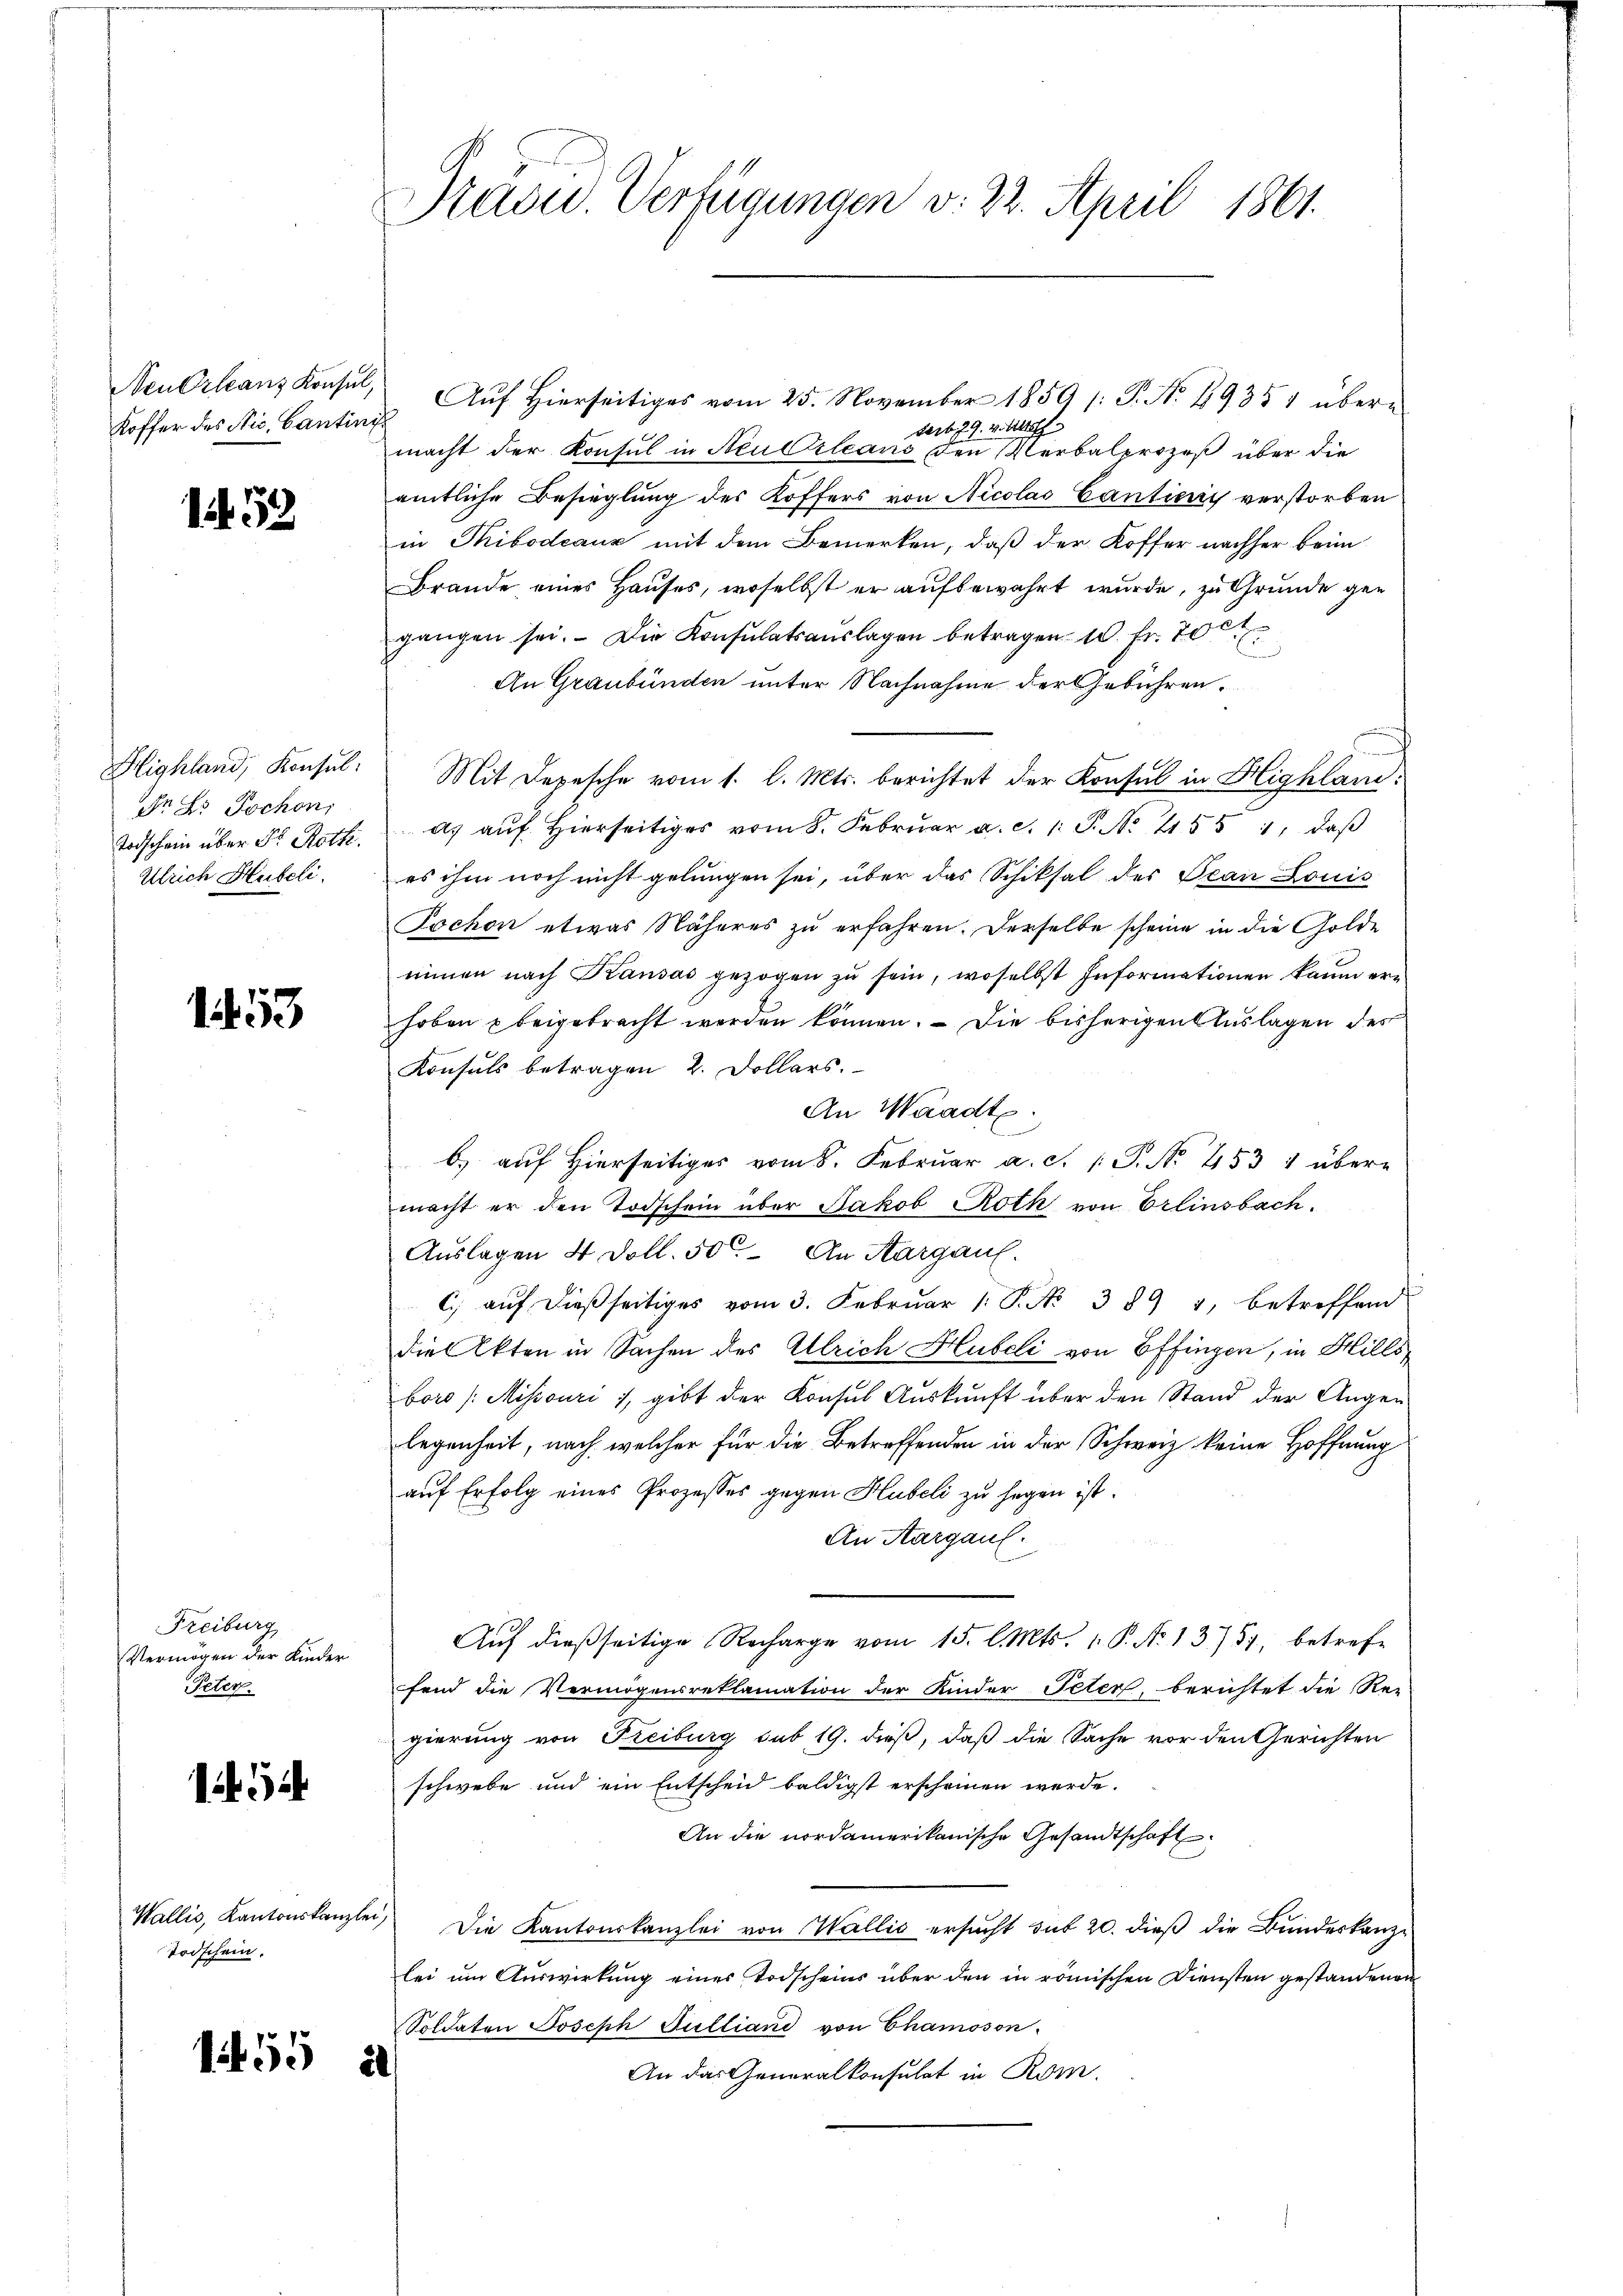
Neu Orleanz Konsul,
Koffer des Nic, Cantini

1. 52

dr. So Dochon,
Ulrich Hubeli.

1453

Freiburg
Vermögen der Kinder
Peter.

1

Todschein.

155 a

Präsid. Verfügungen v. 22. April 1861.

Auf Hierseitiges vom 25. November 1859 /: P. Nr. 29351 überdert. 29. v. Mitth
macht der Konsul in Neu Orleans den Verbalprozeß über die
amtliche Besieglung des Koffers von Nicolas Canticis verstorben
in Thibodeaux mit dem Bemerken, daß der Koffer nachher beim
Brande eines Hauses, woselbst er aufbewahrt wurde, zu Grunde gegangen sei. Die Konsulatsaŭslagen betragen 10. Fr. 70
An Graubünden unter Nachnahme der Gebühren,
Slighland, Konsul: Mit Depesche vom 1. l. Mts. berichtet der Konsul in Highland¬
Todschein über Fr. Roth. a. aŭf hierseitiges vom 8. Febrŭar a. c. 1. P. Nr. 755 1, daβ
es ihm noch nicht gelungen sei, über das Schiksal des Tean Louis
Jochon etwas Näheres zu erfahren. Derselbe scheine in die Golde
nimen nach Kausas gezogen zu sein, woselbst Informationen kaum ern
hoben u beigebracht werden können. — Die bisherigen Auslagen des
Konsuls betragen 2. Dollars.
An Waadte
b) auf Hierseitiges vom 8. Februar a. c. 1 P. No. 453 & übere
macht er den Todschein über Jakob Roth von Erlinsbach,
Auslagen 4 Doll. 50. An Aargau.
c aŭf dieβ seitiges vom 3. Febrŭar 1. P. Nr. 389 4, betreffend
die Akten in Sachen des Ulrich Hlubeli von Effingen, in Hills
boro (Mihsouri, gibt der Konsul Auskunft über den Stand der Augen
legenheit, nach welcher für die Betreffenden in der Schweiz keine Hoffnung
auf Erfolg eines Prozesses gegen Hubeli zu sagen ist.
An Aargau.
Auf dießseitige Recharge vom 15. l. Mts. 1. P. No 13757, betrefe
fend die Vermögensreklamation der Kinder Peter, berichtet die Re-
gierung von Freiburg sub 19. dieß, daß die Sache vor den Gerichten
schwebe und ein Entscheid baldigst erscheinen werde.
An die nordamerikanische Gesandtschaft
Wallis, Kantonskanzlei die Kantonskanzlei von Wallis ersucht sub 20. dieß die Bundeskanzlei um Auswirkung eines Todscheins über den in römischen Diensten gestandenen
Soldaten Joseph Gulliani von Chamoson.
An das Generalkonsulat in Rom.